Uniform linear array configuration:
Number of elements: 64
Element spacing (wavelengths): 0.75
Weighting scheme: blackman
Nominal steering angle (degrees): -15
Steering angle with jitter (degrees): -14.269
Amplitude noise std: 0.05
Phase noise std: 0.05

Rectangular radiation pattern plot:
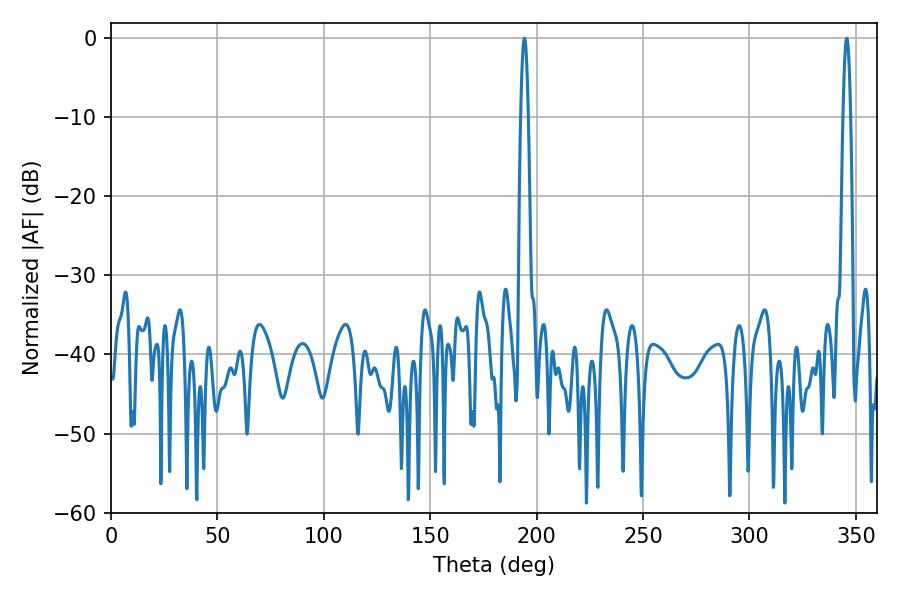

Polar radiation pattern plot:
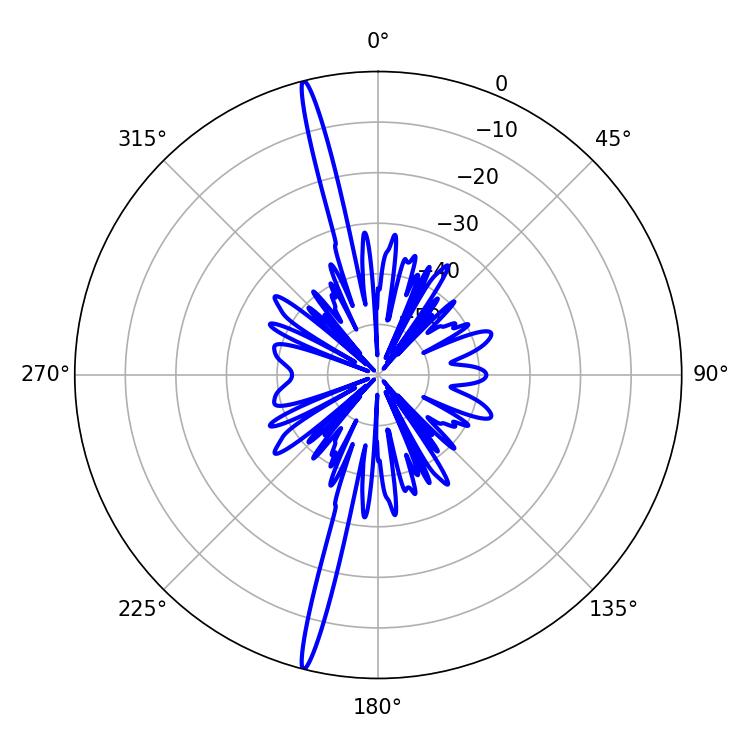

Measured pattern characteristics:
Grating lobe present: TRUE
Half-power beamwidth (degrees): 1.8
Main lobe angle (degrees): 194.22